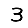
Digit: 3